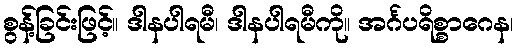
စွန့်ခြင်းဖြင့်။ ဒါနပါရမီ၊ ဒါနပါရမီကို။ အင်္ဂပရိစ္စာဂေန၊